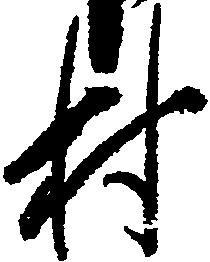
村